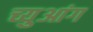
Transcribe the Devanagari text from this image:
च्युआंग